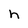
Character: h